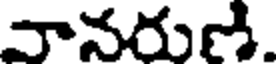
వానరుణ.